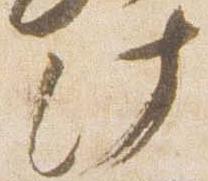
此